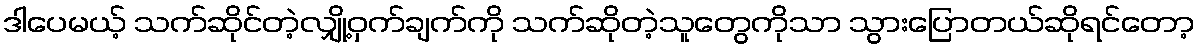
ဒါပေမယ့် သက်ဆိုင်တဲ့လျှို့ဝှက်ချက်ကို သက်ဆိုတဲ့သူတွေကိုသာ သွားပြောတယ်ဆိုရင်တော့